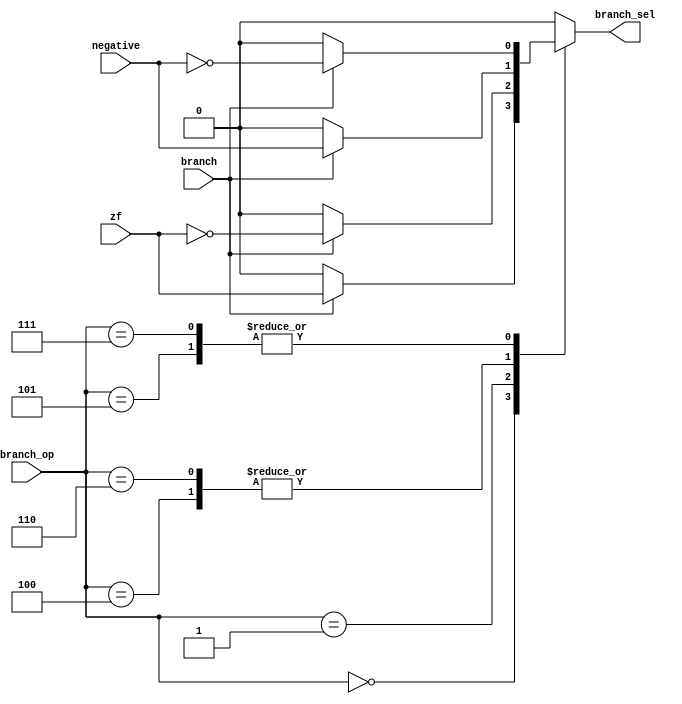
`timescale 1ns / 1ps

module branch_ctrl (
    input [2:0] branch_op,
    input branch,
    input zf,
    input negative,
    output reg branch_sel
);


  always @(*) begin
    case (branch_op)
      3'b000:  if (branch) branch_sel = zf;
 else branch_sel = 1'b0;
      3'b001:  if (branch) branch_sel = ~zf;
 else branch_sel = 1'b0;
      3'b100:  if (branch) branch_sel = negative;
 else branch_sel = 1'b0;
      3'b101:  if (branch) branch_sel = ~negative;
 else branch_sel = 1'b0;
      3'b110:  if (branch) branch_sel = negative;
 else branch_sel = 1'b0;
      3'b111:  if (branch) branch_sel = ~negative;
 else branch_sel = 1'b0;
      default: branch_sel = 1'b0;
    endcase
  end


endmodule